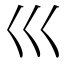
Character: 巛